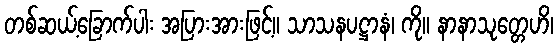
တစ်ဆယ့်ခြောက်ပါး အပြားအားဖြင့်။ သာသနပဋ္ဌာနံ၊ ကို။ နာနာသုတ္တေဟိ၊